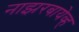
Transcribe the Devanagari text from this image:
नाझरबायेव्ह